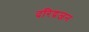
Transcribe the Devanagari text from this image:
दरिद्रजन